Vaccination North-Western Provinces and Oudh 1896-1901 - 1896-1901
Year: 1896
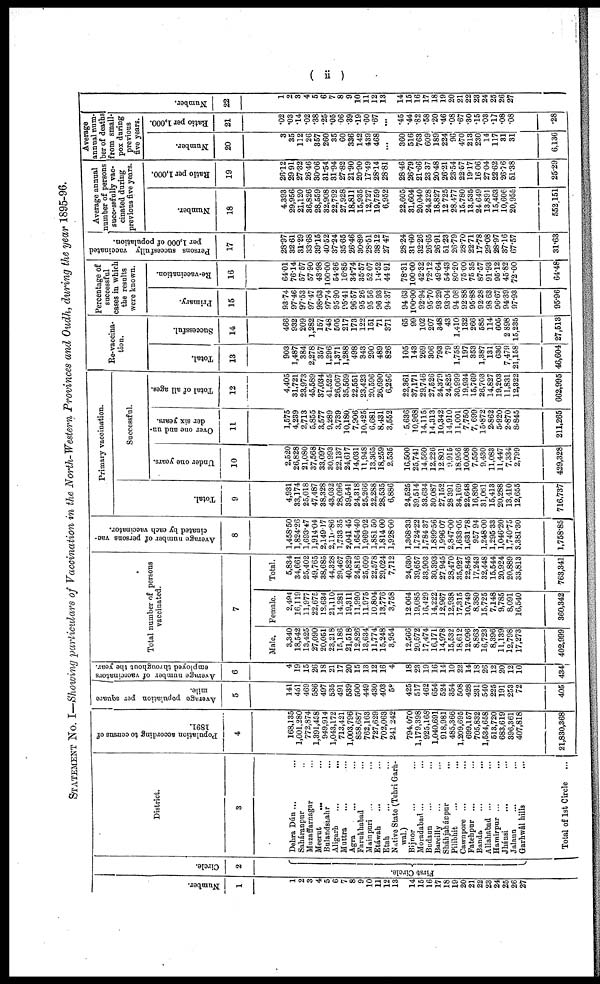
( ii )
STATEMENT No. I—Showing particulars of Vaccination in the North-Western Provinces and Oudh, during the year 1895-96.
Number.
1
1
2
3
4
5
6
7
8
9
10
11
12
13
14
15
16
17
18
19
20
21
22
23
24
25
26
27
Circle.
2
First Circle.
District.
3
Dehra Dún ... ...
Saháranpur ...
Muzaffarnagar ...
Meerut ... ...
Bulandshahr ...
Aligarh ... ...
Muttra ... ...
Agra ... ...
Farukhabad ...
Mainpuri ... ...
Etáwah
... ...
Etah ... ...
Native State (Tehri Garh¬
wal.)
Bijnor ... ...
Moradabad ... ...
Budaun ... ...
Bareilly ... ...
Sháhjahánpur ...
Pilibhit ... ...
Cawnpore ... ...
Fatehpur ... ...
Banda ... ...
Allahabad ... ...
Hamirpur ... ...
Jhánsi ... ...
Jalaun ... ...
Garhwâl hills ... ...
Total of 1st Circle
...
Population according to census of
1891.
4
168,135
1,001,280
772,874
1,391,458
949,914
1,043,172
713,421
1,003,796
858,687
762,163
727,629
702,063
241,242
794,070
1,179,398
925,168
1,040,691
918,981
485,366
1,209,695
699,157
705,832
1,534,658
513,720
683,619
396,361
407,818
21,830,368
Average population per square
mile.
5
141
451
469
586
497
535
491
539
500
449
430
403
58
425
517
462
654
524
354
508
428
231
540
225
191
253
72
405
Average number of vacccinators
employed throughout the year.
6
4
19
15
26
18
21
17
20
15
13
12
16
4
18
23
19
16
14
10
22
14
18
26
12
20
12
10
434
Total number of persons
vaccinated.
7
Male.
3,340
18,542
13,425
27,090
20,051
23,218
15,186
21,518
12,826
13,634
11,774
15,248
3,954
12,566
20,572
17,474
16,171
14,978
15,532
18,612
12,096
8,863
16,723
8,396
11,139
12,798
17,273
402,999
Female.
2,494
16,119
11,977
22,675
18,634
21,110
14,281
19,311
11,990
11,975
10,804
13,776
3,758
12,064
19,085
16,429
14,222
12,967
12,938
17,315
10,749
8,380
15,725
7,148
9,785
8,091
16,540
360,342
Total.
5,834
34,661
25,402
49,765
38,685
44,328
29,467
40,829
24,816
25,609
22,578
29,024
7,712
24,630
39,657
33,903
30,393
27,945
28,470
35,927
22,845
17,243
32,448
15,544
20,924
20,889
33,813
763,341
Average number of persons vac-
cinated by each vaccinator.
8
1,458.50
1,824.26
1,693.47
1,914.04
2,149.17
2,110.86
1,733.35
2,041.45
1,654.40
1,969.92
1,881.50
1,814.00
1,928.00
1,368.33
1,724.22
1,784.37
1,899.56
1,996.07
2,847.00
1,633.05
1,631.78
957.94
1,248.00
1,295.33
1,046.20
1,740.75
3,381.30
1,758.85
Primary vaccination.
Total.
9
4,931
33,174
25,018
47,487
38,328
43,032
28,096
39,541
24,318
25,266
22,288
28,535
6,886
24,525
39,514
33,634
30,087
27,152
28,391
34,169
22,648
16,890
31,061
15,413
20,288
13,410
12,655
716,737
Successful.
Under one years.
10
2,520
26,828
21,080
37,568
33,097
30,993
22,137
24,617
14,031
11,948
13,365
18,259
2,535
16,500
25,741
14,560
12,226
12,801
9,915
18,956
10,008
7,550
9,430
11,083
11,447
7,334
2,799
429,328
Over one and un¬
der six years.
11
1,575
4,239
2,713
5,855
3,577
9,289
3,739
10,180
7,906
10,425
6,681
8,431
3,552
5,636
10,968
14,115
14,313
10,342
14,910
11,001
7,750
7,699
15,872
2,862
5,920
2,870
8,845
211,265
Total of all ages.
12
4,405
31,721
23,973
45,589
37,034
41,525
26,067
35,569
22,551
23,423
20,596
26,690
6,256
22,361
37,171
29,746
27,526
24,379
24,825
30,999
19,934
15,769
26,703
14,827
19,203
11,831
12,322
662,995
Re-vaccina-
tion.
Total.
13
903
1,487
384
2,278
357
1,296
1,371
1,288
498
343
290
489
826
105
143
269
306
793
79
1,758
197
353
1,387
131
636
7,479
21,158
46,604
Successful.
14
466
932
209
1,282
157
748
505
217
173
122
151
71
371
65
99
102
207
348
43
1,410
132
266
585
114
605
2,898
15,235
27,513
Percentage of
successful
cases in which
the results
were known.
Primary.
15
93.74
97.46
97.53
97.47
98.63
97.74
95.90
95.41
96.57
95.26
95.56
96.93
94.37
94.63
100.00
92.94
95.70
93.29
93.04
94.08
92.88
95.88
92.28
98.63
96.67
94.39
97.93
95.96
Re-vaccination.
16
64.01
76.14
57.57
57.90
43.98
100.00
54.36
16.85
34.74
35.57
52.07
14.52
44.91
78.31
100.00
42.32
72.12
49.64
54.43
80.20
75.00
75.35
87.57
91.93
95.12
45.82
72.00
64.48
P ersons succesfully vaccinated
per 1,000 of population.
17
28.97
32.61 31.29
33.68
39.15
40.52
37.24
35.65
26.46
30.89
28.51
38.12
27.47
28.24
31.60
32.26
26.65
26.91
51.23
26.79
28.70
22.71
17.78
29.08
28.97
37.16
67.57
31.63
Average annual
number of persons
successfully vac-
cinated during
previous five years.
Number.
18
4,393
29,956
21,120
36,826
28,559
82,908
22,792
27,928
18,811
15,935
12,727
19,759
6,952
22,605
31,604
20,040
24,328
18,827
12,725
28,477
15,780
13,535
24,649
13,891
15,463
10,606
20,955
552,151
Ratio per 1,000.
19
26.12
29.91 27.32
26.46
30.06
31.54
31.94
27.82
21.90
20.90
17.49
28.14
28.81
28.46
26.79
21.66
23.37
20.48
26.21
23.54
22.57
19.17
16.06
27.04
22.62
26.76
51.38
25.29
Average
annual num-
ber of deaths
from small-
pox during
previous
five years.
Number.
20
3
35
112
26
357
260
35
60
336
142
439
468
...
360
516
763
609
189
224
96
470
213
230
14
117
31
31
6,136
Ratio per 1,000.
21
.02
.03
.14
.02
.38
.25
.05
.06
.39
.19
.60
.67
...
.45
.44
.82
.58
.20
.46
.08
.67
.30
.15
.03
.17
.08
.08
.28
Number.
22
1
2
3
4
5
6
7
8
9
10
11
12
13
14
15
16
17
18
19
20
21
22
23
24
25
26
27